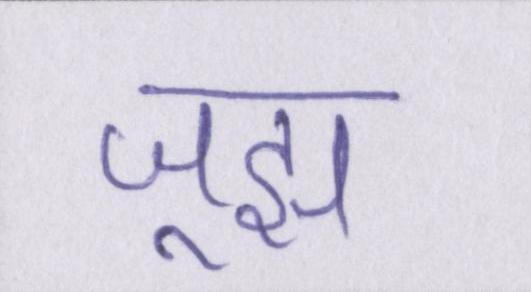
जूझ